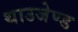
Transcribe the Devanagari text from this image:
थाउजेण्ड